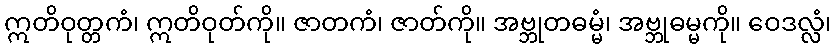
ဣတိဝုတ္တကံ၊ ဣတိဝုတ်ကို။ ဇာတကံ၊ ဇာတ်ကို။ အဗ္ဘုတဓမ္မံ၊ အဗ္ဘုဓမ္မကို။ ဝေဒလ္လံ၊